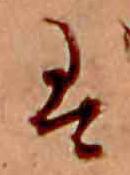
は